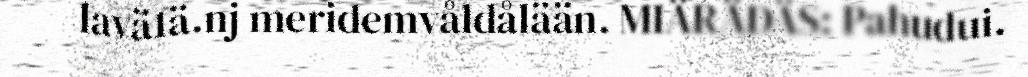
lavä1ä.nj meridemvåldålään. MIÄRÄDÄS: Pahudui.